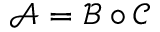
{ \mathcal { A } } = { \mathcal { B } } \circ { \mathcal { C } }